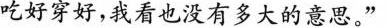
吃好穿好，我看也没有多大的意思。”